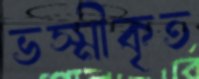
ভস্মীকৃত